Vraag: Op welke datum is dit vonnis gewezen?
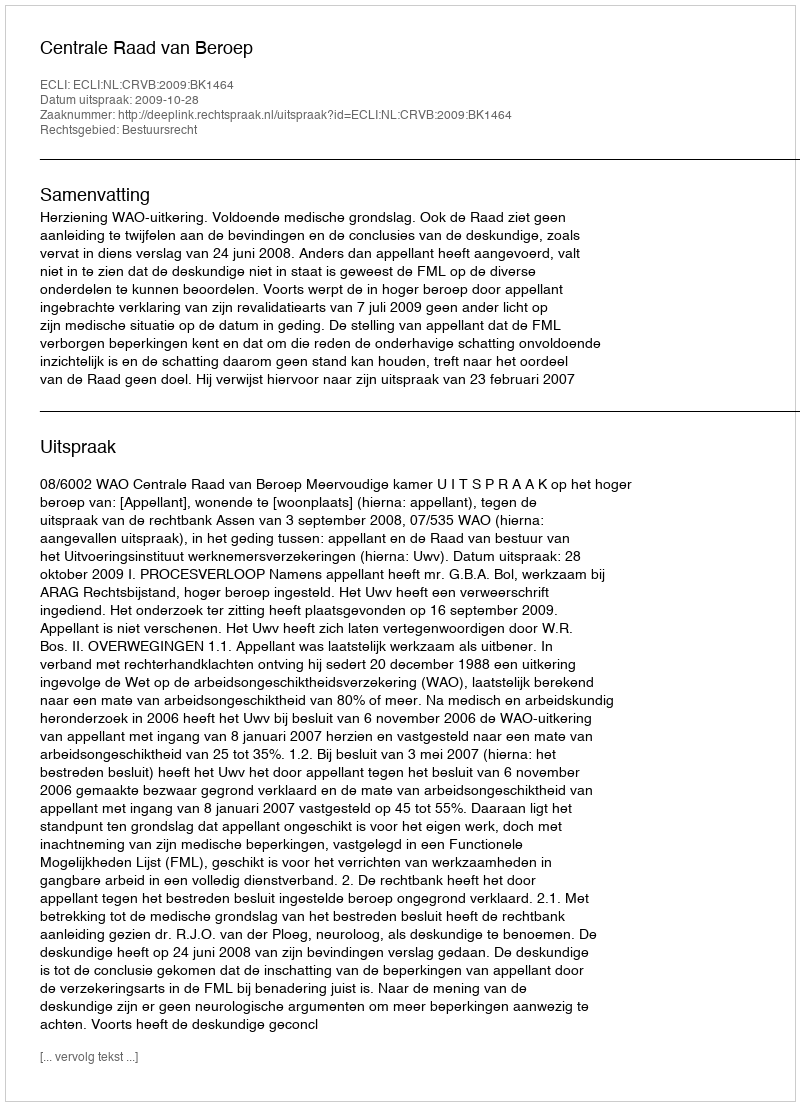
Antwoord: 2009-10-28